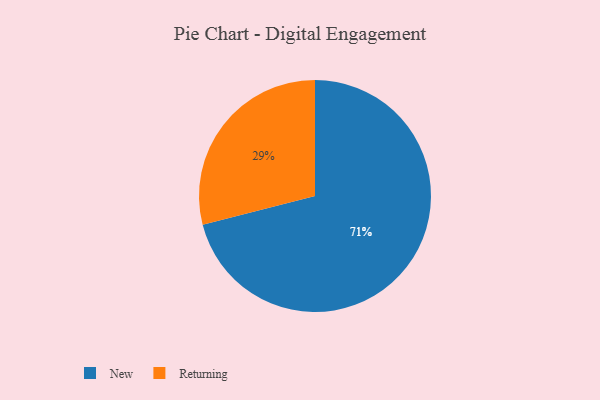
{"axis": {"x": "Category", "y": "Percentage"}, "legend": ["New", "Returning"], "data": [{"x": "New", "y": 71, "type": "New"}, {"x": "Returning", "y": 29, "type": "Returning"}]}